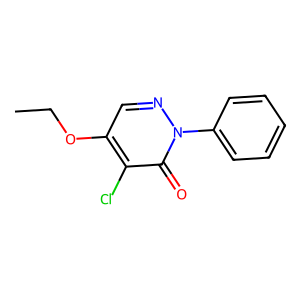
SMILES: CCOc1cnn(-c2ccccc2)c(=O)c1Cl
Inhibits HIV replication: No